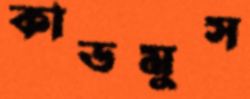
কাডমুস